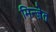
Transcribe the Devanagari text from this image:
मिन्ज़ेत